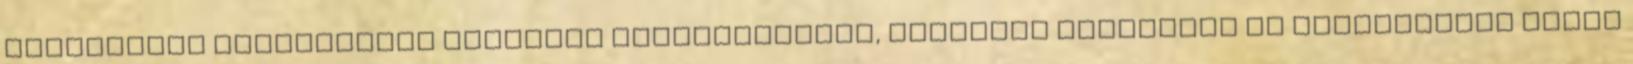
élelmiszer alapanyagok tápanyag tulajdonságai, TÁROLÁSI SZABÁLYOK ÉS RAKTÁROZÁSI MÓDOK